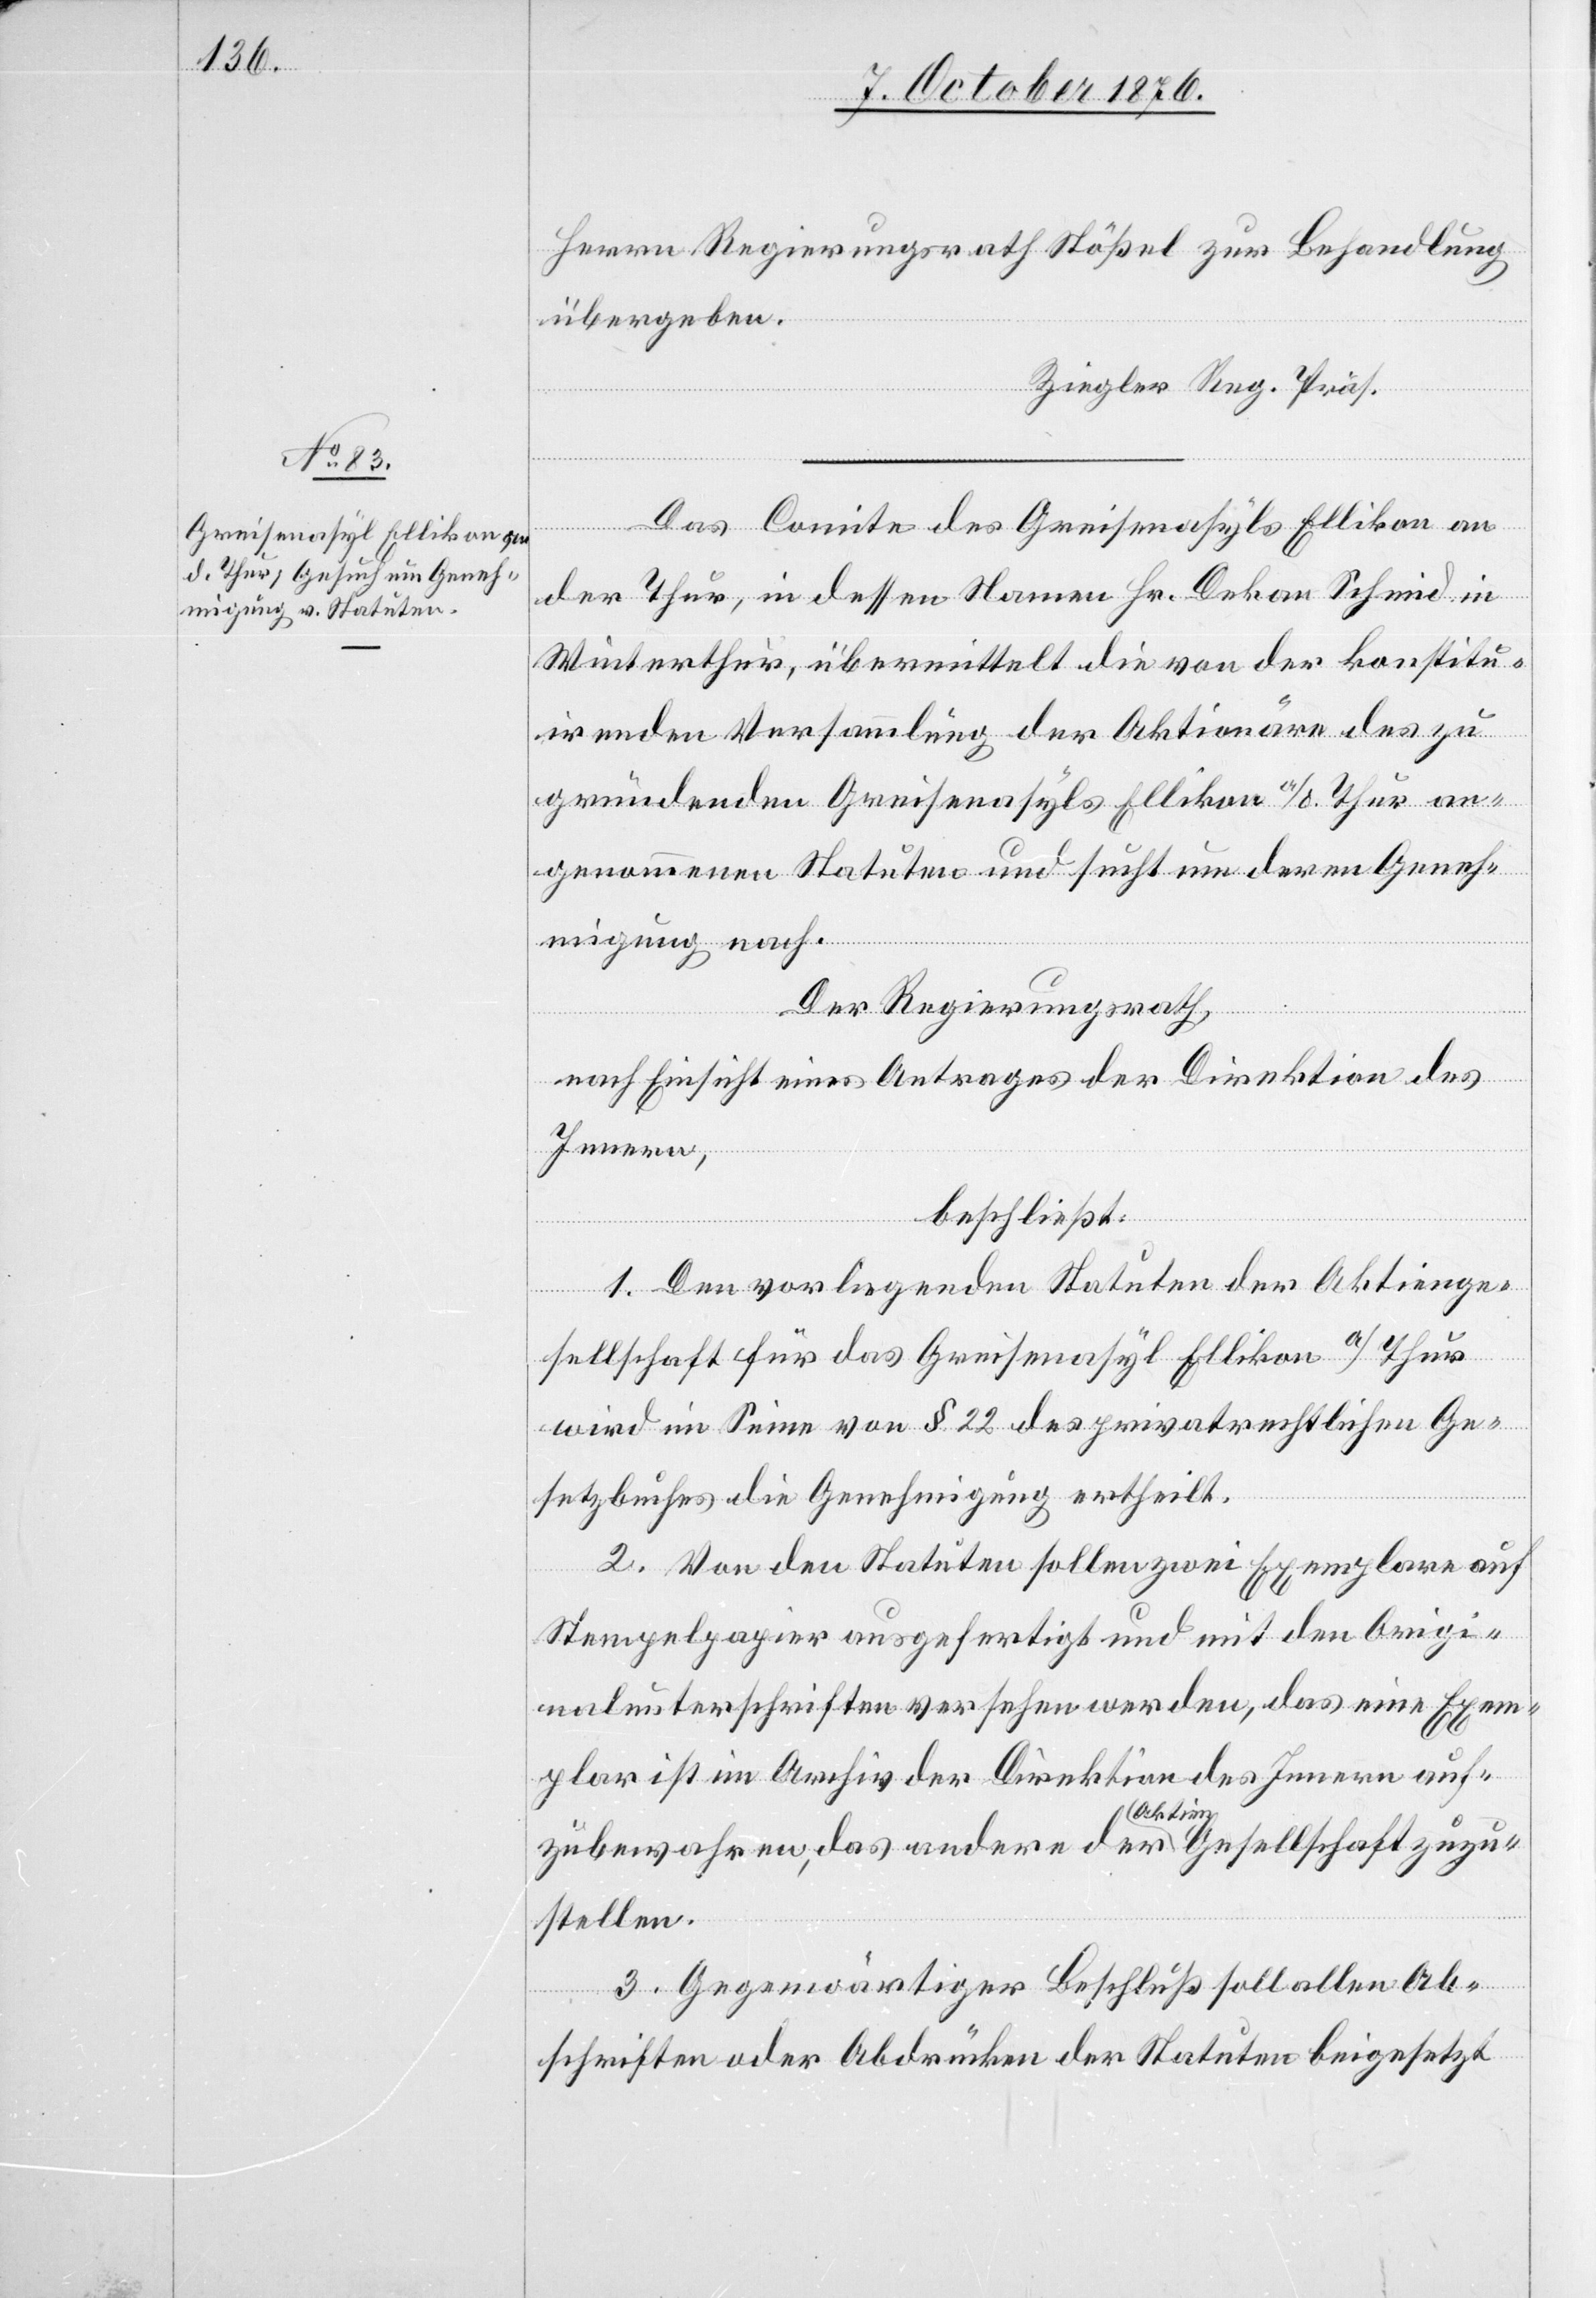
9. October 1876.]
Herrn Regierungsrath Stößel zur Behandlung
übergeben.
schaft zuzu¬
Ziegler Reg. Präs.
Das Comite des Greisenasyls Ellikon an
der Thur, in dessen Namen Hr. Dekan Schmid in
Winterthur, übermittelt die von der konstitu¬
irenden Versammlung der Aktionäre des zu
gründenden Greisenasyls Ellikon a/d Thur an¬
genommenen Statuten und sucht um deren Geneh¬
migung nach.
Der Regierungsrath,
nach Einsicht eines Antrages der Direktion des
Innern,
beschließt:
1. Den vorliegenden Statuten der Aktienge¬
sellschaft für das Greisenasyl Ellikon a/Thur
wird im Sinne von § 22 des privatrechtlichen Ge¬
setzbuches die Genehmigung ertheilt.
2. Von den Statuten sollen zwei Exemplare auf
Stempelpapier ausgefertigt und mit den Origi¬
nalunterschriften versehen werden, das eine Exem¬
plar ist im Archiv der Direktion des Innern auf¬
a Aktien
stellen.
3. Gegenwärtiger Beschluß soll allen Ab¬
schriften oder Abdrücken der Statuten beigesetzt